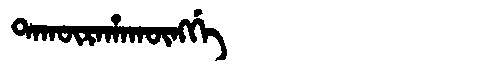
Manchu: ᡨᠠᡴᡡᡵᠠᡥᠠᡴᡡᠩᡤᡝ
Romanization: TAKŪRAHAKŪNGGE